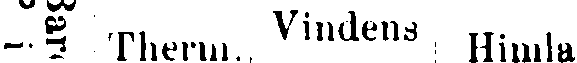
# Therm., Vindens Himla